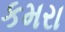
કમરા